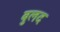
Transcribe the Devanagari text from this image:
बुलद